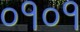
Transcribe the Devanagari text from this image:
०१०१